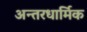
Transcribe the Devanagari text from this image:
अन्तरधार्मिक